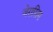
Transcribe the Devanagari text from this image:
जेरासिम